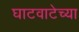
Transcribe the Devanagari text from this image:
घाटवाटेच्या